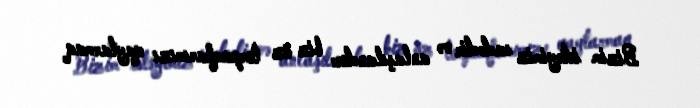
Bizim istəyimiz sadədir və anlaşılandır: biz öz torpaqlarımızı qaytarmaq